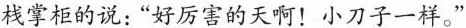
栈掌柜的说："好厉害的天啊！小刀子一样。"